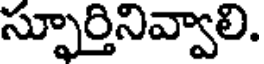
స్ఫూర్తినివ్వాలి.